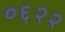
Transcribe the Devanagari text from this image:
०६२२